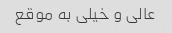
عالی و خیلی به موقع